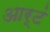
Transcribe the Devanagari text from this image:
आर्टं